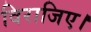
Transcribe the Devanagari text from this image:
विराजिए।